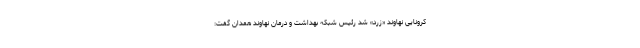
کرونایی نهاوند «زرد» شد رئیس شبکه بهداشت و درمان نهاوند همدان گفت: